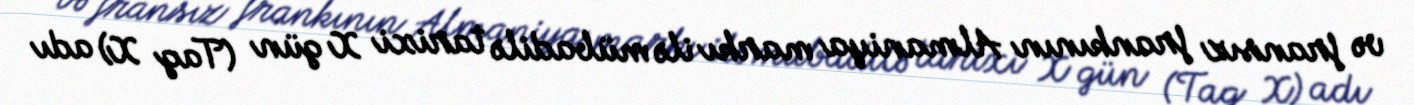
və fransız frankının Almaniya markı ilə mübadilə tarixi X gün (Tag X) adı